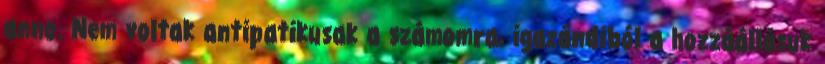
anno. Nem voltak antipatikusak a számomra, igazándiból a hozzáállásuk